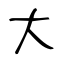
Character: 大